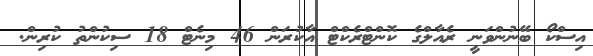
އިސްކޯ ބޭނުންވަނީ ރެއާލްގެ ކޮންޓްރެކްޓް އާކުރަން 46 މިނެޓް 18 ސިކުންތު ކުރިން.